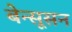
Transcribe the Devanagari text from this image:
बेन्सूसन